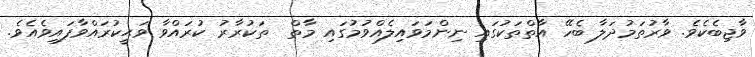
ވާޖިބެކެވެ. ވާރުތަމުދަލާ ބެހޭ އާތްތަކުގައި ނިންމަވައިލެއްވުމުގައި މާތް  ތަކުރާރު ކުރައްވާ ވަޙީކުރައްވާފައިވެއެވެ.